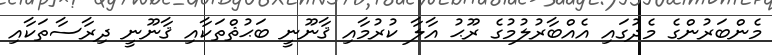
މެންބަރުންގެ މެދުގައި އެއްބާރުލުމުގެ ރޫޙު އާލާ ކުރުމާއި ޤާނޫނީ ބަޙުޘްތަކާއި ޤާނޫނީ ދިރާސާތަކާއި